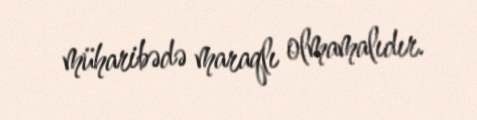
müharibədə maraqlı olmamalıdır.